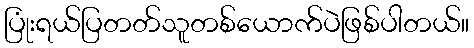
ပြုံးရယ်ပြတတ်သူတစ်ယောက်ပဲဖြစ်ပါတယ်။